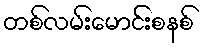
တစ်လမ်းမောင်းစနစ်